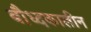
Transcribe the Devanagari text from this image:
बौध्दकालीन